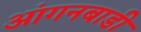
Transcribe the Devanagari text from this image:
आंगनबाडी